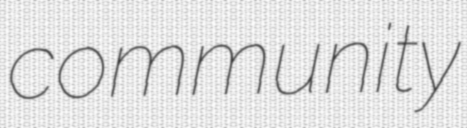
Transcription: community